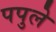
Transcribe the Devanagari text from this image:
पपुले